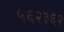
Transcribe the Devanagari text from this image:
५६२३६२